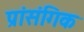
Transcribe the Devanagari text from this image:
प्रांसंगिक